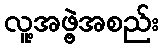
လူ့အဖွဲ့အစည်း